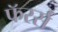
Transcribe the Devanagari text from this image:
फॅरर्स